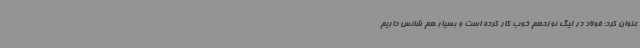
عنوان کرد: فولاد در لیگ نوزدهم خوب کار کرده است و بسیار هم شانس داریم